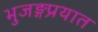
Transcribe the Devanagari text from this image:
भुजङ्गप्रयात